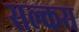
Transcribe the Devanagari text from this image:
सल्कस